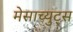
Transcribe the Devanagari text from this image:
मेसाच्युट्स